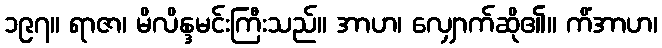
၁၉၇။ ရာဇာ၊ မိလိန္ဒမင်းကြီးသည်။ အာဟ၊ လျှောက်ဆို၏။ ကိံအာဟ၊